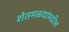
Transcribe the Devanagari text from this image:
शेतमळ्यांमधील